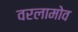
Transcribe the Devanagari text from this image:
वरलामोव